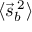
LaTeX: \langle { \vec { s } } _ { b } ^ { \; 2 } \rangle